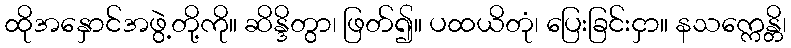
ထိုအနှောင်အဖွဲ့တို့ကို။ ဆိန္ဒိတွာ၊ ဖြတ်၍။ ပထယိတုံ၊ ပြေးခြင်းငှာ။ နသက္ကေန္တိ၊